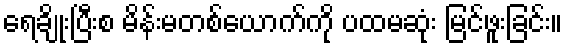
ရေချိုးပြီးစ မိန်းမတစ်ယောက်ကို ပထမဆုံး မြင်ဖူးခြင်း။